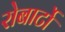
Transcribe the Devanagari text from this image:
रोबार्टो